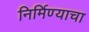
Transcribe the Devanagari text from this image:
निर्मिण्याचा